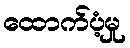
ထောက်ပံ့မှု